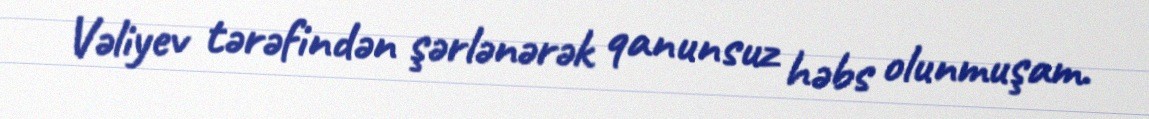
Vəliyev tərəfindən şərlənərək qanunsuz həbs olunmuşam.